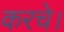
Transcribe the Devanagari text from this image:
करचे।